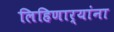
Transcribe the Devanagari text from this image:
लिहिणार्‍यांना